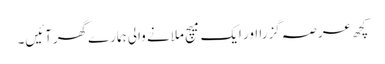
کچھ عرصہ گزرا اور ایک میچ ملانے والی ہمارےگھرآئیں۔